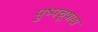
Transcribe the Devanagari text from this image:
पुष्पचूषाद्य